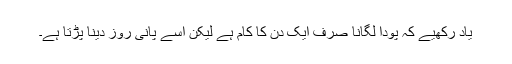
یاد رکھیے کہ پودا لگانا صرف ایک دن کا کام ہے لیکن اسے پانی روز دینا پڑتا ہے۔